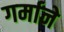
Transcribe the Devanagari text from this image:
गर्माने